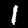
Label: 1